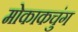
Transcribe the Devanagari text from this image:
मोकाकचुंग